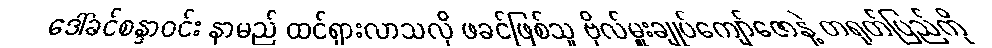
ဒေါ်ခင်စန္ဒာဝင်း နာမည် ထင်ရှားလာသလို ဖခင်ဖြစ်သူ ဗိုလ်မှူးချုပ်ကျော်ဇောနဲ့ တရုတ်ပြည်ကို